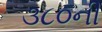
૩૮૦ની